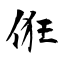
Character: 俇